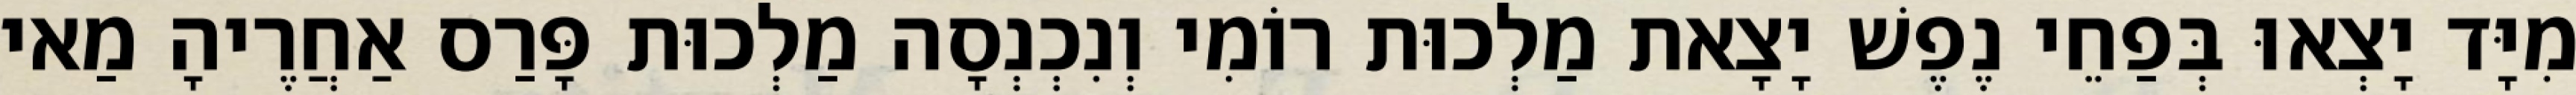
מִיָּד יָצְאוּ בְּפַחֵי נֶפֶשׁ יָצָאת מַלְכוּת רוֹמִי וְנִכְנְסָה מַלְכוּת פָּרַס אַחֲרֶיהָ מַאי